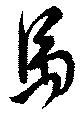
馬